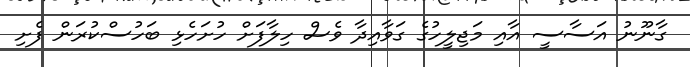
ގާނޫނު އަސާސީ އާއި މަޖިލީހުގެ ގަވާއިދާ ވެސް ހިލާފަށް ހުށަހެޅި ބަހުސްކުރަން ފެށި